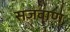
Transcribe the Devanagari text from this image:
सजवाण